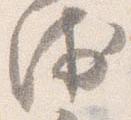
衛